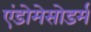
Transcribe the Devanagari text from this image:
एंडोमेसोडर्म